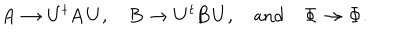
LaTeX: \mathbf { A } \to \mathbf { U } ^ { t } \mathbf { A } \mathbf { U } , \quad \mathbf { B } \to \mathbf { U } ^ { t } \mathbf { B } \mathbf { U } , \quad \textrm { a n d } \quad \mathbf { \Phi } \to \mathbf { \Phi } .